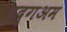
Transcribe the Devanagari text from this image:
उद्गअम